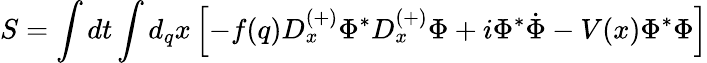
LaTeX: S=\int dt\int d_{q}x\left[-f(q)D_{x}^{(+)}\Phi^{\ast}D_{x}^{(+)}\Phi+i\Phi^{\ast}\dot{\Phi}-V(x)\Phi^{\ast}\Phi\right]